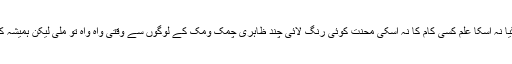
لیکن جو کٹ گیا وہ تو مر گیا نہ اسکا علم کسی کام کا نہ اسکی محنت کوئی رنگ لائی چند ظاہری چمک ومک کے لوگوں سے وقتی واہ واہ تو ملی لیکن ہمیشہ کی گمنامی انکا مقدر ٹھری ۔